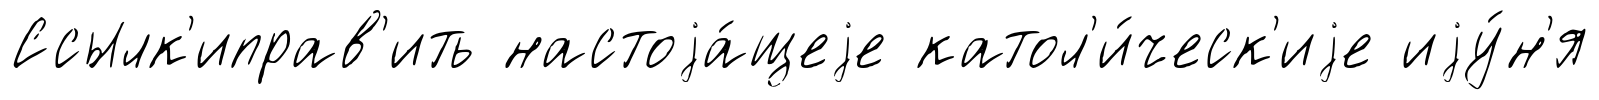
Ссылк'иправ'ить настоjа́щеjе катол'и́ческ'иjе иjу́н'я